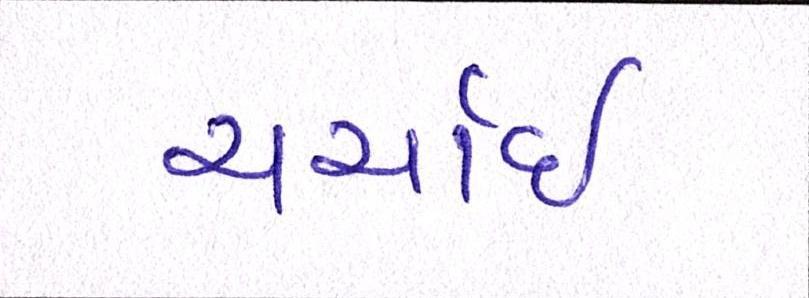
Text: ચર્ચાઇ